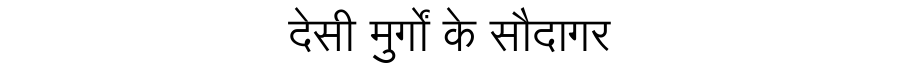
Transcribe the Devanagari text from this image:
देसी मुर्गों के सौदागर